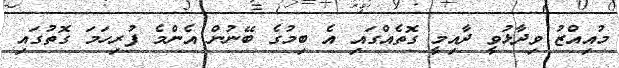
މުއިއްޒު ވިދާޅުވީ ދާއިމީ ގޮތެއްގައި އެ ބިމުގެ ބޭނުން އެންމެ ފުރިހަމަ ގޮތުގައި